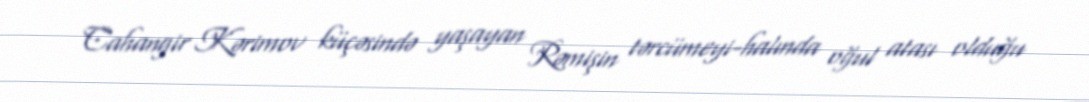
Cahangir Kərimov küçəsində yaşayan Rəmişin tərcümeyi-halında oğul atası olduğu